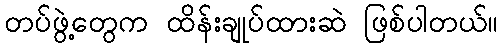
တပ်ဖွဲ့တွေက ထိန်းချုပ်ထားဆဲ ဖြစ်ပါတယ်။